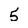
Character: 5